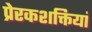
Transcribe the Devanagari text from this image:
प्रेरकशक्तियां